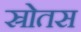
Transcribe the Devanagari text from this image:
स्रोतस